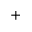
^ +